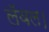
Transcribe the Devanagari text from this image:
लॅवल।